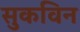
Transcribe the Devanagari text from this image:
सुकविन